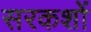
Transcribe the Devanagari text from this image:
सरकशों